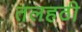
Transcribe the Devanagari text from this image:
तलहठी